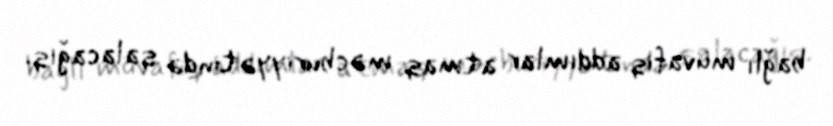
bağlı müvafiq addımlar atmaq məcburiyyətində qalacağıq.